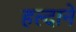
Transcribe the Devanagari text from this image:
हल्दाने